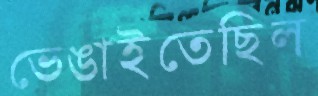
ভেঙাইতেছিল